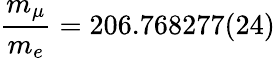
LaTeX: \frac{m_{\mu}}{m_{e}}=206.768277(24)